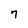
Character: 7